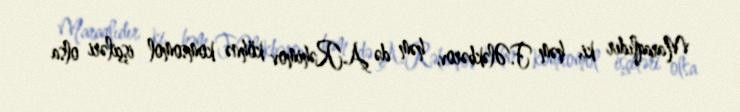
Maraqlıdır ki, həm F.Ələkbərov, həm də A.Rəhimov köhnə komsomol işçiləri olsa